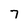
Character: 7